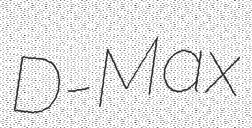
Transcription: D-Max